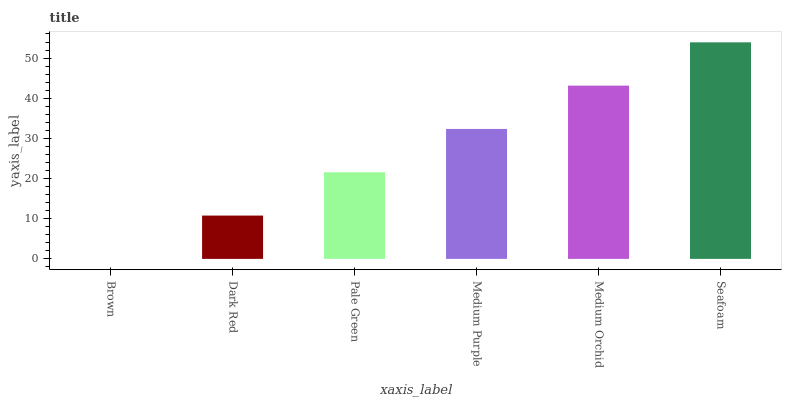
| xaxis_label | bars |
 | --- | --- |
 | Brown | 0 |
 | Dark Red | 10.8 |
 | Pale Green | 21.6 |
 | Medium Purple | 32.4 |
 | Medium Orchid | 43.1 |
 | Seafoam | 53.9 |